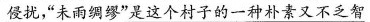
\underline{侵扰，“未雨绸缪”是这个村子的一种朴素又不乏智}